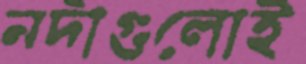
নদীগুলোই